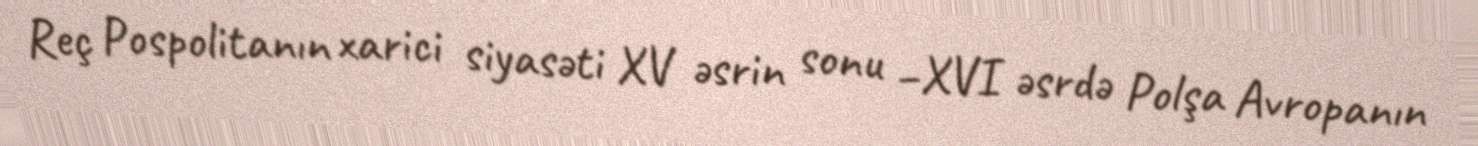
Reç Pospolitanın xarici siyasəti XV əsrin sonu –XVI əsrdə Polşa Avropanın